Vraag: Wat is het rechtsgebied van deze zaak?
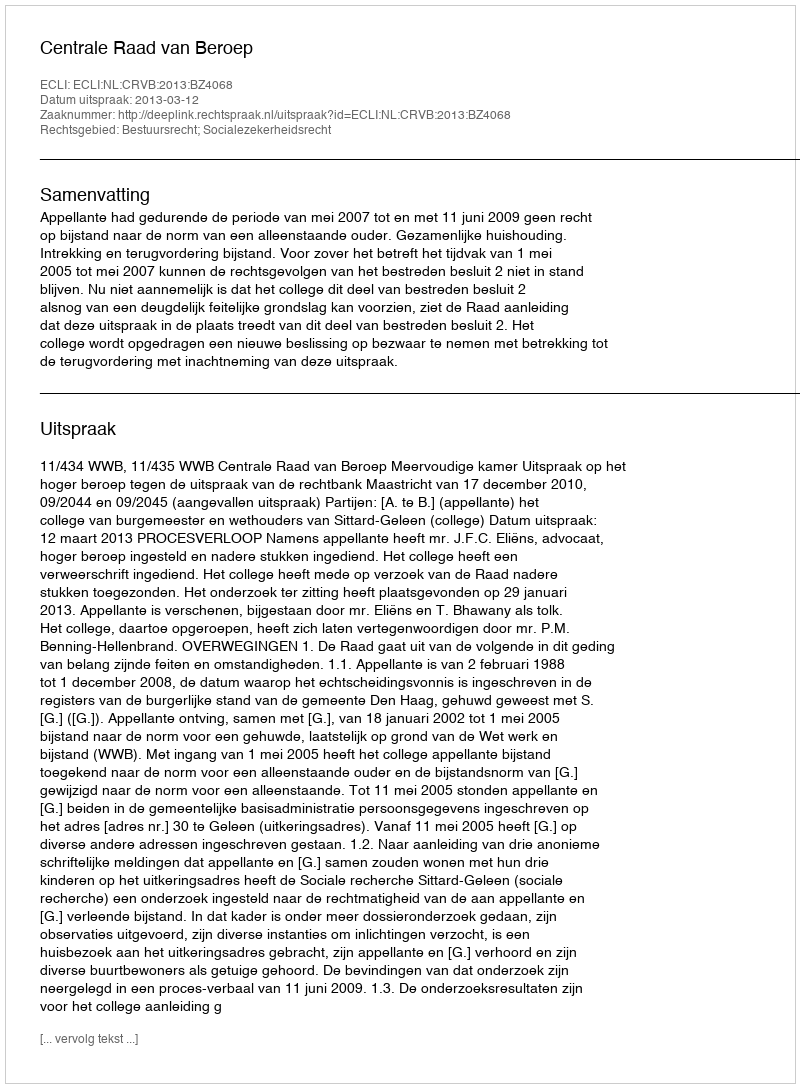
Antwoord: Bestuursrecht; Socialezekerheidsrecht